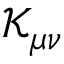
{ \mathcal { K } } _ { \mu \nu }